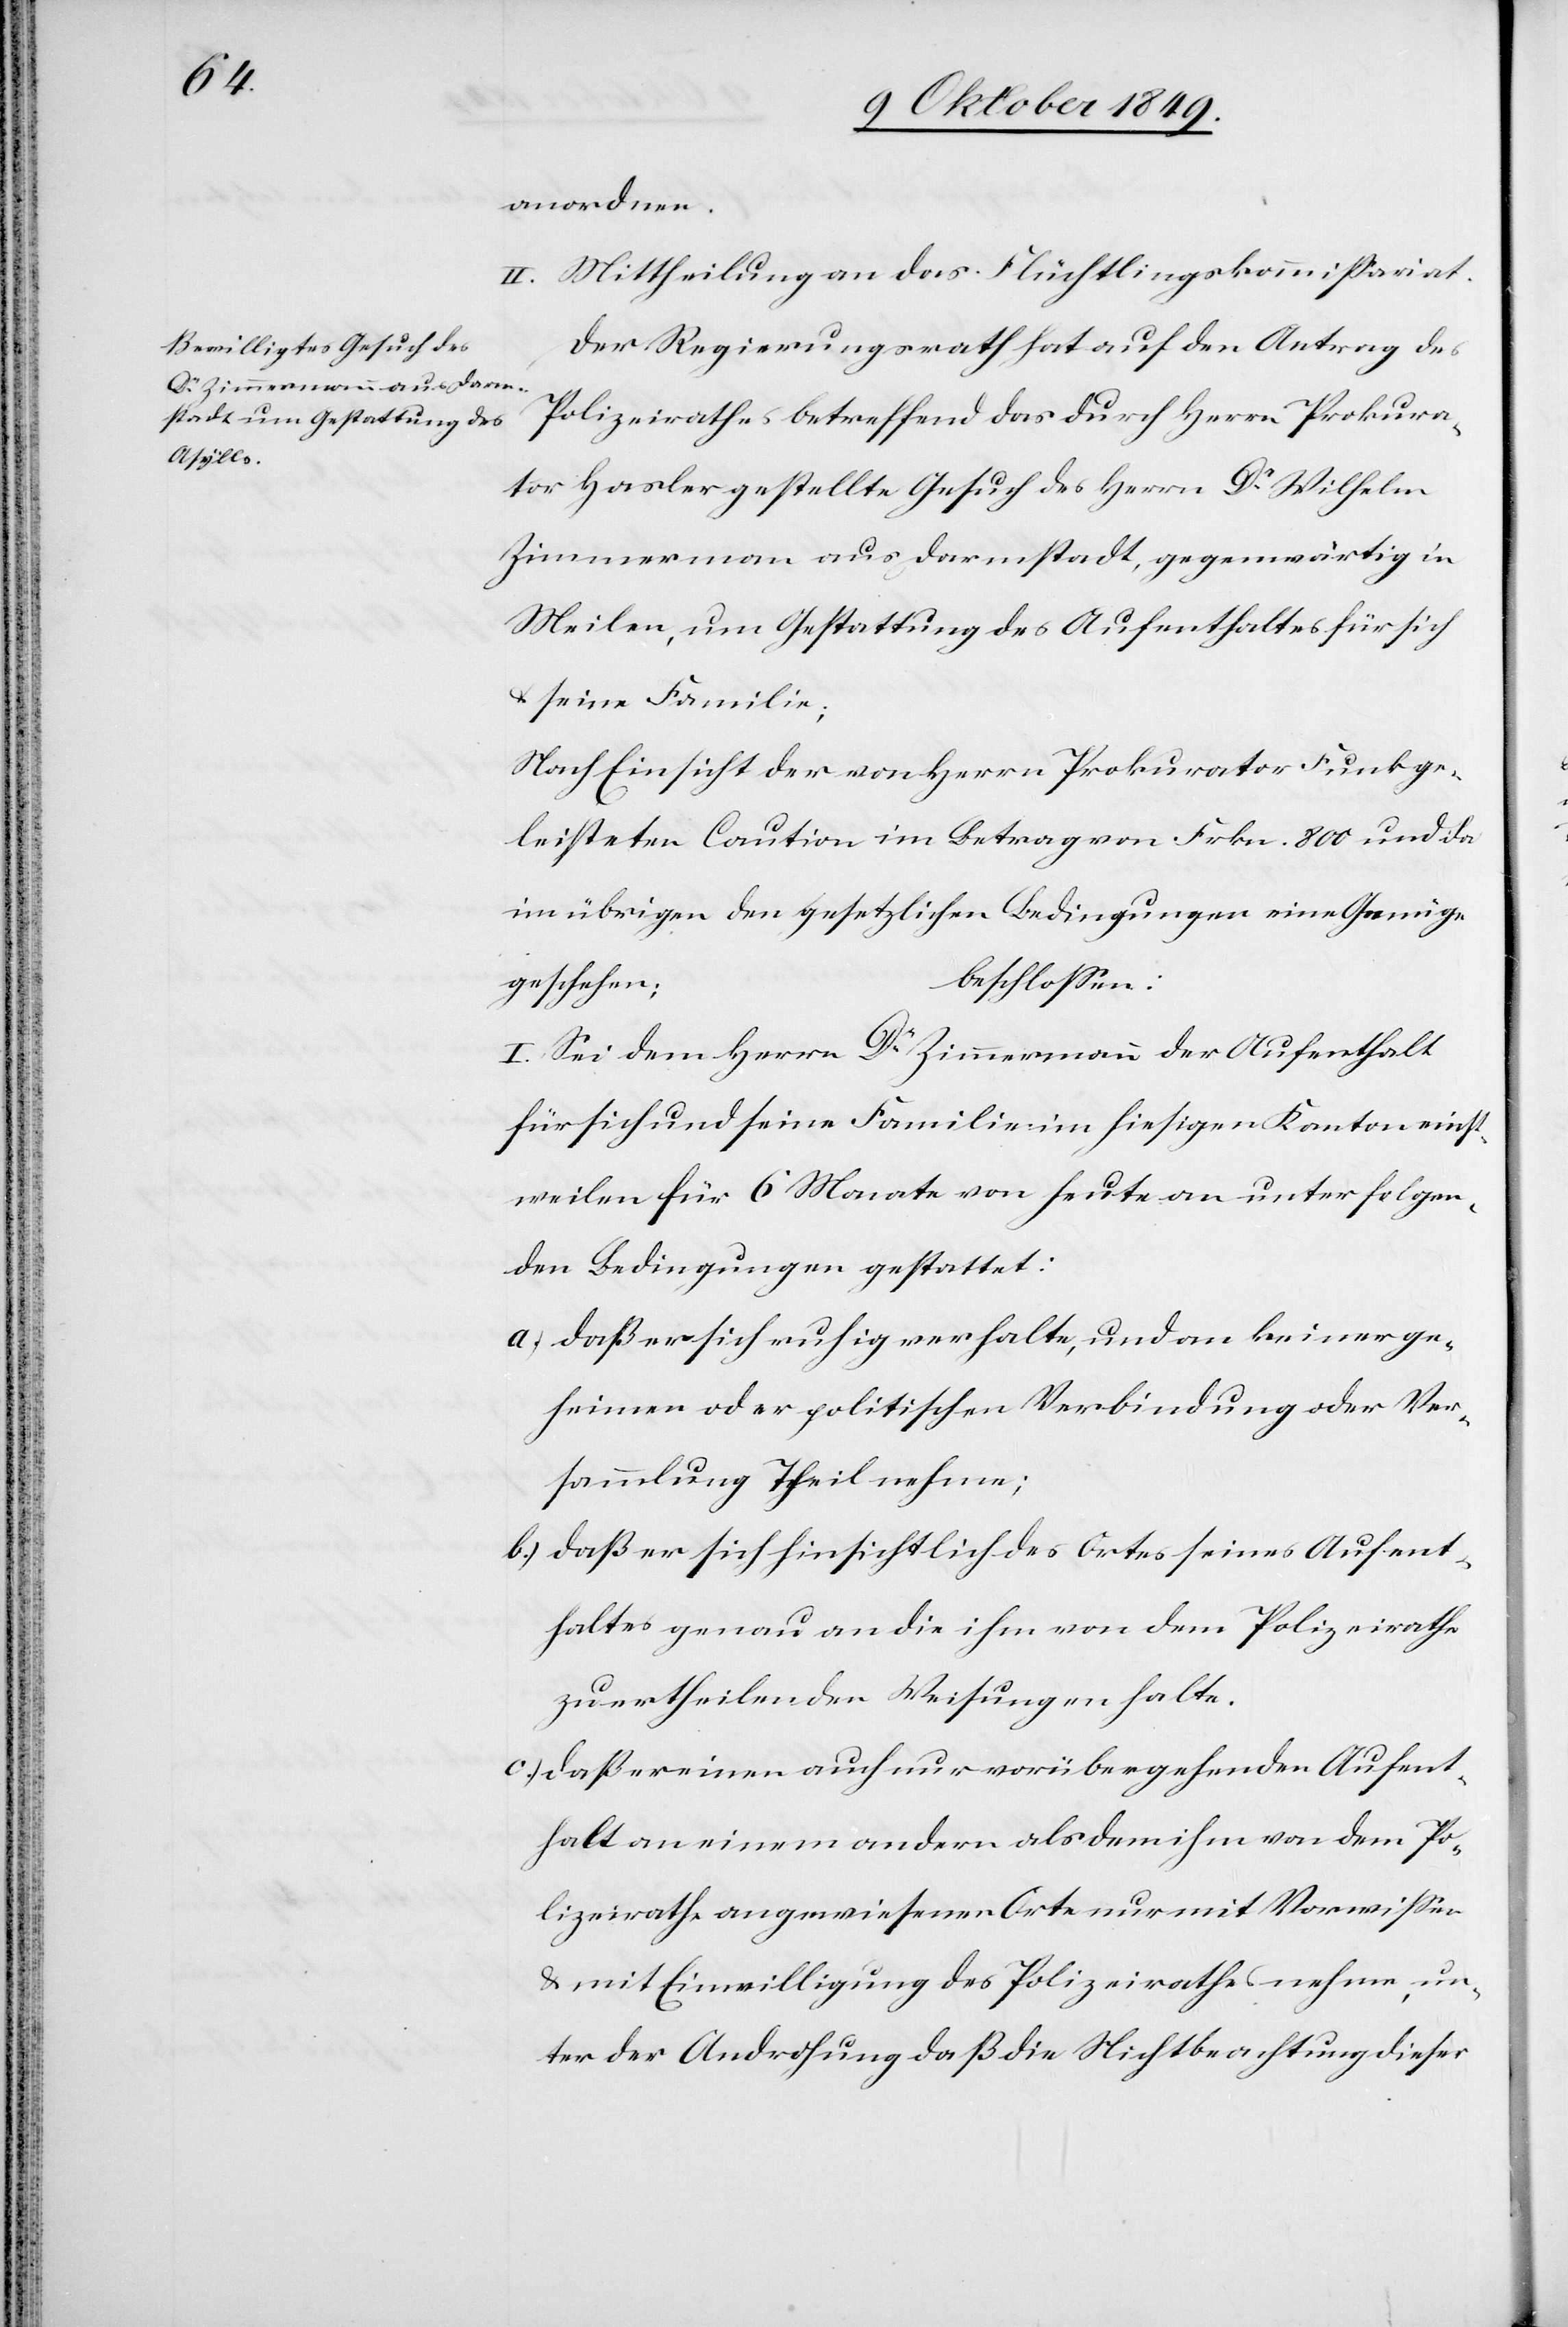
anordnen.
II. Mittheilung an das Flüchtlingskommißariat.
Der Regierungsrath hat auf den Antrag des
Polizeirathes betreffend das durch Herrn Prokura¬
tor Hasler gestellte Gesuch des Herrn Dr Wilhelm
Zimmermann aus Darmstadt, gegenwärtig in
Meilen, um Gestattung des Aufenthaltes für sich
u. seine Familie;
Nach Einsicht der von Herrn Prokurator Funk ge¬
leisteten Caution im Betrag von Frkn. 800 und da
im übrigen den gesetzlichen Bedingungen eine Genüge
geschehen;
beschloßen:
I. Sei dem Herrn Dr Zimmermann der Aufenthalt
für sich und seine Familie im hiesigen Kanton einst¬
weilen für 6 Monate von heute an unter folgen¬
den Bedingungen gestattet:
a) daß er sich ruhig verhalte, und an keiner ge¬
heimen oder politischen Verbindung oder Ver¬
sammlung Theil nehme;
b) das er sich hinsichtlich des Ortes seines Aufent¬
haltes genau an die ihm von dem Polizeirathe
zu ertheilende Weisung halte.
c) daß er einen auch nur vorübergehenden Aufent¬
halt an einem andern als dem ihm von dem Po¬
lizeirathe angewiesenen Orte nur mit Vorwissen
u. mit Einwilligung des Polizeirathes nehme, un¬
ter der Androhung daß die Nichtbeachtung dieser